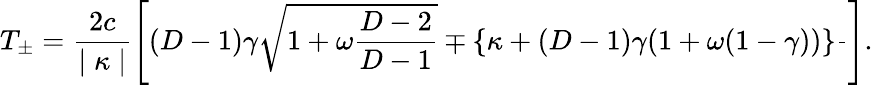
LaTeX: T_{\pm}=\frac{2c}{\mid\kappa\mid}\left[(D-1)\gamma\sqrt{1+\omega\frac{D-2}{D-1}}\mp\{ \kappa+(D-1)\gamma(1+\omega(1-\gamma))\} \frac{}{}\right].